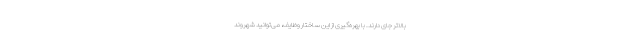
بالاتر جای دارند. با بهره‌گیری از این ساختار وظایف، می‌توانید شهروند